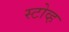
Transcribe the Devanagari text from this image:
स्टोव्ह